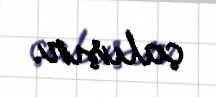
çalışır.